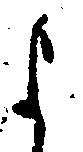
よ